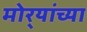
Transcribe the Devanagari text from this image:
मोर्‍यांच्या